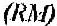
(RM)